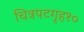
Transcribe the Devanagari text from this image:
चित्रपटगृह१०